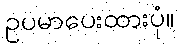
ဥပမာပေးထားပုံ။